Vaccine operations Central Provinces 1886-1899 - 1886-1899
Year: 1886
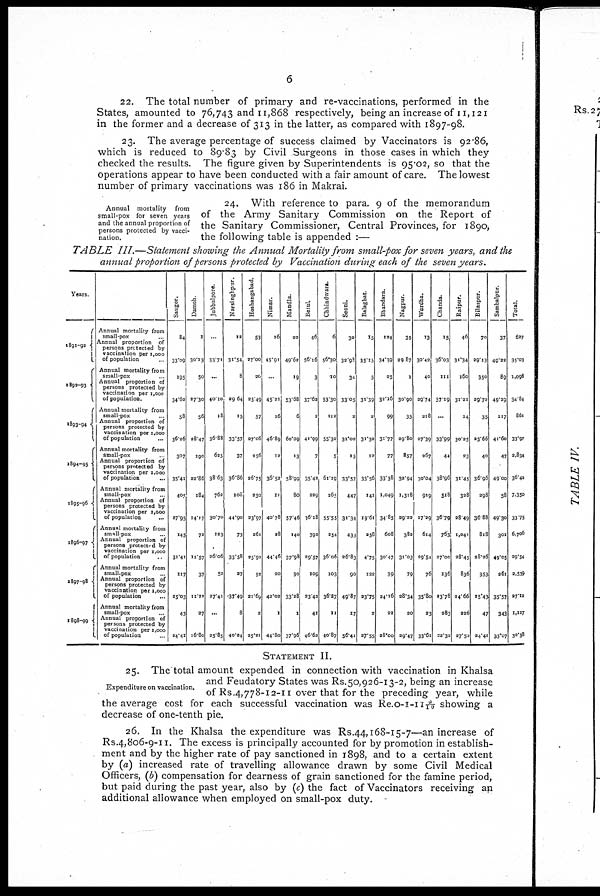
6
22. The total number of primary and re-vaccinations, performed in the
States, amounted to 76,743 and 11,868 respectively, being an increase of 11,121
in the former and a decrease of 313 in the latter, as compared with 1897-98.
23. The average percentage of success claimed by Vaccinators is 92.86,
which is reduced to 89.83 by Civil Surgeons in those cases in which they
checked the results. The figure given by Superintendents is 95.02, so that the
operations appear to have been conducted with a fair amount of care. The lowest
number of primary vaccinations was 186 in Makrai.
Annual mortality from
small-pox for seven years
and the annual proportion of
persons protected by vacci-
nation.
24. With reference to para. 9 of the memorandum
of the Army Sanitary Commission on the Report of
the Sanitary Commissioner, Central Provinces, for 1890,
the following table is appended :—
TABLE III.—Statement showing the Annual Mortality from small-pox for seven years, and the
annual proportion of persons protected by Vaccination during each of the seven years.
Years
1891-92
1892-93
1893-94
1894-95
1895-96
1896-97
1897-98
1898-99
Annual mortality from
small-pox ...
Annual proportion
of
persons protected by
vaccination per 1,000
of population
Annual mortality from
small-pox
Annual
proportion of
persons protected by
vaccination per 1,000
of population
Annual mortality from
small-pox
Annual proportion of
persons protected by
vaccination per 1,000
of population ...
Annual mortality from
small-pox
Annual proportion of
persons protected by
vaccination per 1,000
of population
...
Annual mortality from
small-pox
Annual proportion
of
persons protected by
vaccination per 1,000
of population ...
Annual mortality from
small-pox
Annual
proportion of
persons protected by
vaccination per 1,000
of population ...
Annual mortality from
small-pox
Annual proportion of
persons protected by
vaccination per 1,000
of population ...
Annual mortality from
small-pox
Annual proportion of
persons protected by
vaccination per 1,000
of population
Saugor.
84
33.09
195
34.62
58
36.26
307
35.41
405
97.95
145
31.41
117
25.03
43
24.41
Damoh
1
30.13
50
27.30
56
28.47
190
29.86
184
14.17
72
11.57
37
11.19
27
16.80
Jubbulpore.
...
33.71
...
40.10
18
36.88
625
38.63
762
30.70
123
26.06
52
27.41
...
25.85
Narsinghpur.
12
31.54
8
29.64
15
33.57
37
36.86
108
44.90
73
33.58
27
37.49
8
40.24
Hoshangabad.
53
27.00
20
25.49
57
97.06
256
26.75
230
23.97
261
25.92
52
21.69
2
25.21
Nimar.
16
45.91
...
45.21
16
46.89
12
36.52
11
40.78
28
44.46
20
42.02
1
44.80
Mandla
22
49.62
19
53.68
6
60.09
13
58.99
80
57.46
140
37.98
30
33.28
1
37.96
Betul.
46
56.16
3
37.62
1
41.99
7
35.42
229
36.18
392
29.57
109
23.42
41
46.62
Chhindwara.
6
56.30
10
53.30
112
55.32
5
61.19
265
55.55
254
36.06
103
36.27
11
40.87
Seoni.
32
32.98
34
33.05
2
31.02
15
33.57
447
31.34
433
26.83
90
49.87
17
56.41
Balaghat
15
35.15
5
31.39
2
31.32
12
33.56
141
19.61
258
4.75
122
23.75
2
27.55
Bhandara.
124
34.39
25
32.16
99
31.77
77
33.38
1,049
34.85
608
30.47
39
24.16
22
28.00
Nagpur.
35
29.87
1
30.90
35
29.80
857
32.94
1,318
29.22
382
31.03
79
28.34
20
29.47
Wardha.
13
30.42
40
29.74
318
27.39
267
30.04
919
27.29
614
29.54
76
35.80
23
33.61
Chanda
15
36.03
111
37.19
...
33.99
44
38.96
518
36.79
763
27.00
136
23.78
283
22.32
Raipur.
46
31.34
160
31.21
14
30.25
23
31.45
328
28.49
1,041
28.45
836
24.66
226
27.52
Bilaspur.
70
29.13
350
29.72
35
35.66
40
36.96
298
36.88
818
28.26
353
15.43
47
24.41
Sambalpur.
37
49.22
89
49.29
117
41.60
47
49.00
58
49.30
301
49.05
261
35.57
343
35.07
Total.
627
35.03
1,098
34.84
861
33.97
2,834
36.42
7,350
33.75
6,706
29.54
2,539
27.12
1,117
30.38
Expenditure on vaccination.
STATEMENT II.
25. The total amount expended in connection with vaccination in Khalsa
and Feudatory States was Rs.50,926-13-2, being an increase
of Rs.4,778-12-11 over that for the preceding year, while
the average cost for each successful vaccination was Re.0-1-11 9/10 showing a
decrease of one-tenth pie.
26. In the Khalsa the expenditure was Rs.44,168-15-7—an increase of
Rs.4,806-9-11. The excess is principally accounted for by promotion in establish-
ment and by the higher rate of pay sanctioned in 1898, and to a certain extent
by (a) increased rate of travelling allowance drawn by some Civil Medical
Officers, (b) compensation for dearness of grain sanctioned for the famine period,
but paid during the past year, also by (c) the fact of Vaccinators receiving an
additional allowance when employed on small-pox duty.